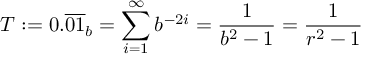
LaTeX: T : = 0 . { \overline { { 0 1 } } } _ { b } = \sum _ { i = 1 } ^ { \infty } b ^ { - 2 i } = { \frac { 1 } { b ^ { 2 } - 1 } } = { \frac { 1 } { r ^ { 2 } - 1 } }